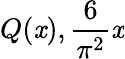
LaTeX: Q(\mathit{x}),{\frac{{6}}{{\pi^{2}}}}\mathit{x}